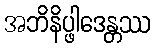
အဘိနိပ္ဖါဒေန္တဿ